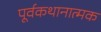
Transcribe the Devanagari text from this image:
पूर्वकथानात्मक